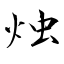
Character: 烛